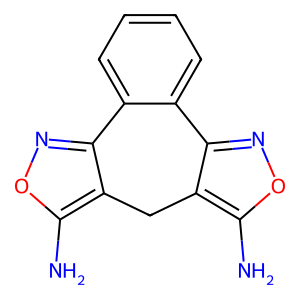
SMILES: Nc1onc2c1Cc1c(noc1N)-c1ccccc1-2
Inhibits HIV replication: No